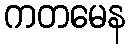
ကတမေန